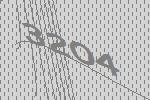
3204